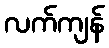
လက်ကျန်